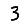
Digit: 3